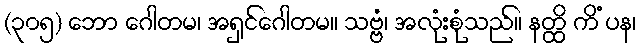
(၃၀၅) ဘော ဂေါတမ၊ အရှင်ဂေါတမ။ သဗ္ဗံ၊ အလုံးစုံသည်။ နတ္ထိ ကိံ ပန၊